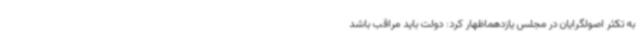
به تکثر اصولگرایان در مجلس یازدهماظهار کرد: دولت باید مراقب باشد